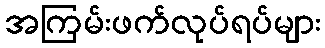
အကြမ်းဖက်လုပ်ရပ်များ